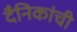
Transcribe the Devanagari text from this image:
दैनिकांची